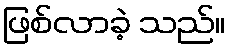
ဖြစ်လာခဲ့ သည်။